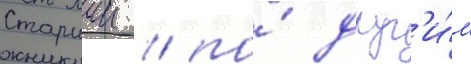
Старшии / по́ друг'и́м